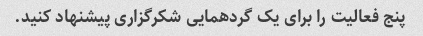
پنج فعالیت را برای یک گردهمایی شکرگزاری پیشنهاد کنید.